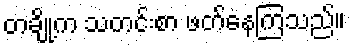
တချို့က သတင်းစာ ဖတ်နေကြသည်။